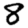
Digit: 8